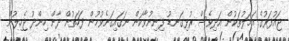
ޖައުފަރުގެ އަމަލުތަކުން އަދިވެސް ރުޅިގަނޑު ފިނިނުވާކަން ނަގައިގަނެވުމުން ފަހަތުން ދާން ހިންދު ޖެހިލުން